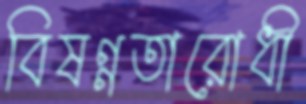
বিষণ্নতারোধী